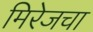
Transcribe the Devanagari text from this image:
मिरेजचा